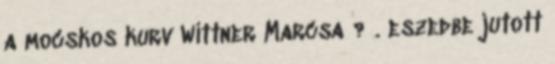
a mocskos kurv Wittner Marcsa ? . eszedbe jutott